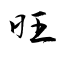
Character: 旺